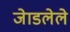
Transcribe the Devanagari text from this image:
जेाडलेले